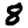
Digit: 8